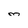
Character: M